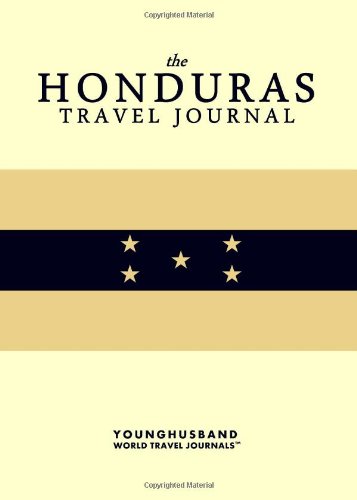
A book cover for The Honduras Travel Journal; Younghusband World Travel Journals; Travel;